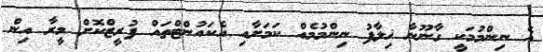
އެ ނިންމުމަކީ ގާނޫނާ ޚިލާފު ނިންމުމެއް ކަމަށާއި އެކައުންޓްތައް ފުރީޒްކޮށް މީރާ އިން